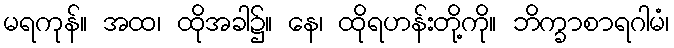
မရကုန်။ အထ၊ ထိုအခါ၌။ နေ၊ ထိုရဟန်းတို့ကို။ ဘိက္ခာစာရဂါမံ၊